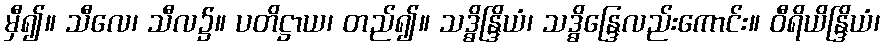
မှီ၍။ သီလေ၊ သီလ၌။ ပတိဋ္ဌာယ၊ တည်၍။ သဒ္ဓိန္ဒြိယံ၊ သဒ္ဓိန္ဒြေလည်းကောင်း။ ဝီရိယိန္ဒြိယံ၊